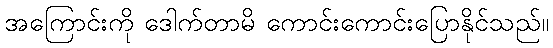
အကြောင်းကို ဒေါက်တာမိ ကောင်းကောင်းပြောနိုင်သည်။